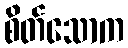
စိတ်သောက